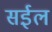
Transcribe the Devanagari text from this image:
सईल